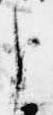
臣